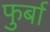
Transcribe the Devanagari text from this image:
फुर्बा